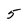
Character: 5